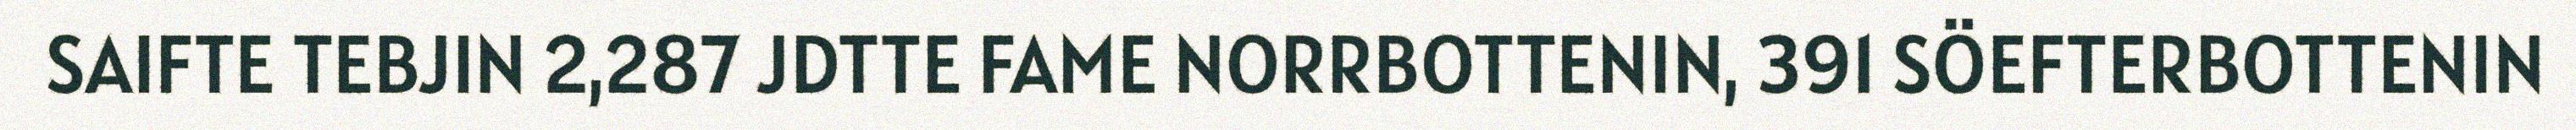
SAIFTE TEBJIN 2,287 JDTTE FAME NORRBOTTENIN, 391 SÖEFTERBOTTENIN